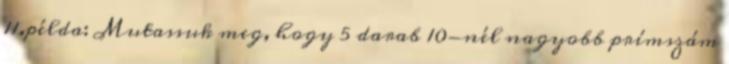
11.példa: Mutassuk meg, hogy 5 darab 10-nél nagyobb prímszám